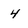
Character: 4